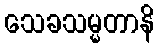
သေခသမ္မတာနိ